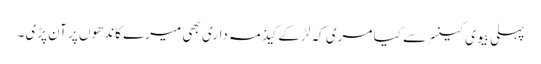
پہلی بیوی کینسر سے کیا مری کہ لڑکے کیذ مہ داری بھی میرے کاندھوں پر آن پڑی۔